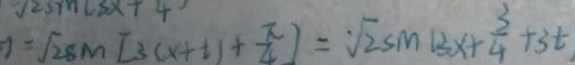
= \sqrt { 2 } 8 m [ 3 ( x + 1 ) + \frac { \pi } { 4 } ] = \sqrt { 2 } s m 1 3 x + \frac { 3 } { 4 } + 3 t